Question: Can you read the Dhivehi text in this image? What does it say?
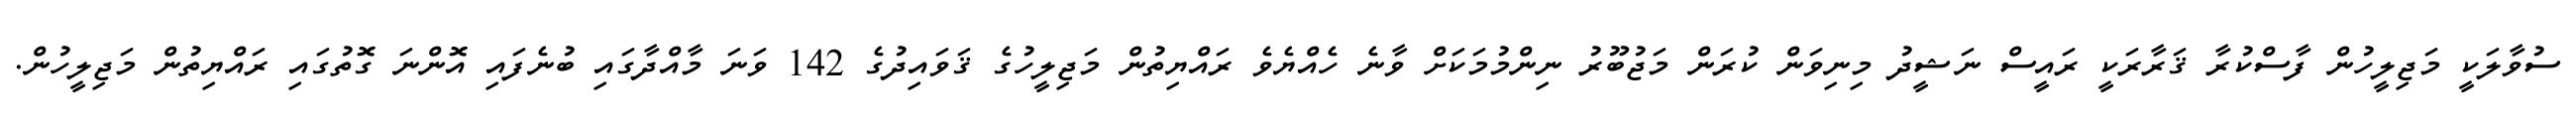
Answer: ސުވާލަކީ މަޖިލީހުން ފާސްކުރާ ޤަރާރަކީ ރައީސް ނަޝީދު މިނިވަން ކުރަން މަޖުބޫރު ނިންމުމަކަށް ވާނެ ހެއްޔެވެ ރައްޔިތުން މަޖިލީހުގެ ޤަވައިދުގެ 142 ވަނަ މާއްދާގައި ބުނެފައި އޮންނަ ގޮތުގައި ރައްޔިތުން މަޖިލީހުން.